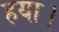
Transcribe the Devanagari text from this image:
हया।